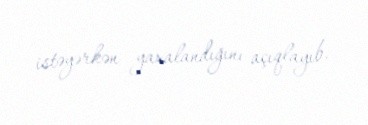
istəyərkən yaxalandığını açıqlayıb.